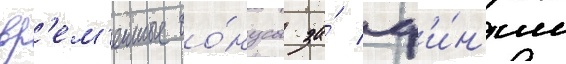
вр'ем'енные бо́нусы за́ ф'и́н'иш